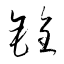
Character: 銓